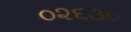
૦૨૬૩૦